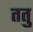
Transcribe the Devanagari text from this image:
ततु